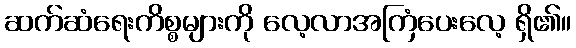
ဆက်ဆံရေးကိစ္စများကို လေ့လာအကြံပေးလေ့ ရှိ၏။